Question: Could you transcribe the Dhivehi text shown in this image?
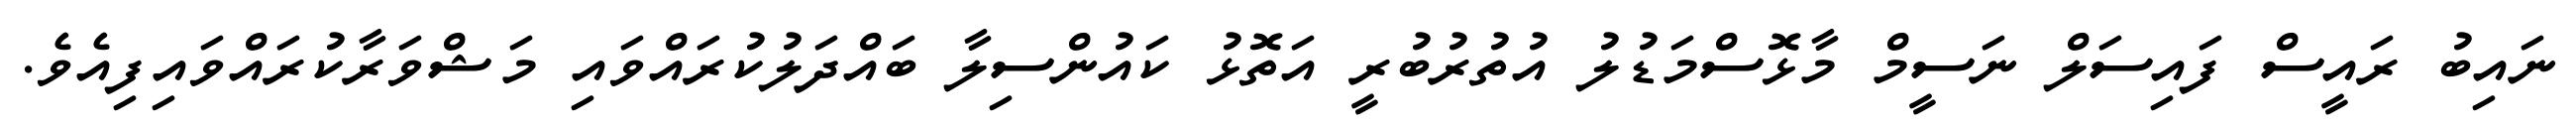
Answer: ނައިބު ރައީސް ފައިސަލް ނަސީމް މާޅޮސްމަޑުލު އުތުރުބުރީ އަތޮޅު ކައުންސިލާ ބައްދަލުކުރައްވައި މަޝްވަރާކުރައްވައިފިއެވެ.